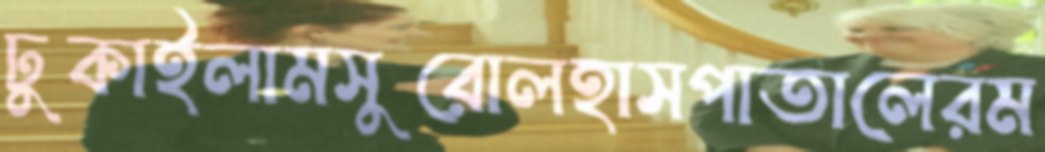
ঢুকাইলামসুরোলহাসপাতালেরম